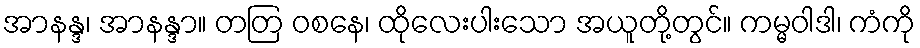
အာနန္ဒ၊ အာနန္ဒာ။ တတြ ဝစနေ၊ ထိုလေးပါးသော အယူတို့တွင်။ ကမ္မဝါဒါ၊ ကံကို